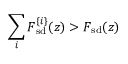
\sum _ { i } F _ { \mathrm { s d } } ^ { \{ i \} } ( z ) > F _ { \mathrm { s d } } ( z )